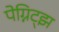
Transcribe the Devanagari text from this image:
पेग्निट्झ